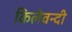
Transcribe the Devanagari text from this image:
किलेवन्दी